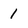
Character: 1